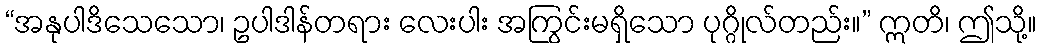
“အနုပါဒိသေသော၊ ဥပါဒါန်တရား လေးပါး အကြွင်းမရှိသော ပုဂ္ဂိုလ်တည်း။” ဣတိ၊ ဤသို့။